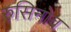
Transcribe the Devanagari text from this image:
रुसिनोव